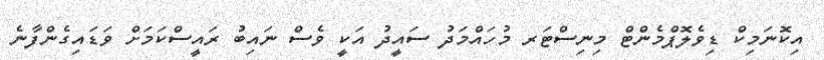
އިކޮނަމިކް ޑިވެލޮޕްމެންޓް މިނިސްޓަރ މުހައްމަދު ސައީދު އަކީ ވެސް ނައިބު ރައީސްކަމަށް ވަޑައިގެންފާނެ